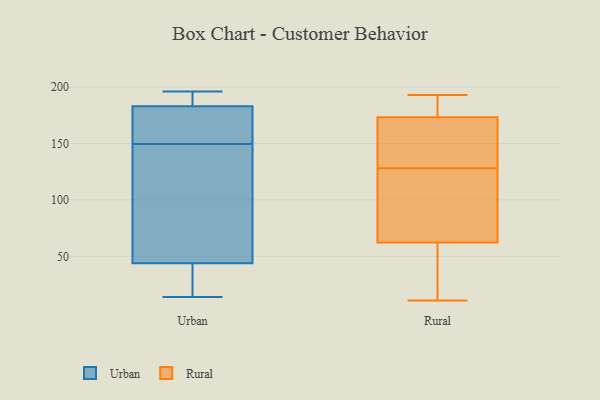
{"axis": {"x": "Inventory Turnover", "y": "Value"}, "legend": ["Rural", "Urban"], "data": [{"x": "", "y": 183, "type": "Urban"}, {"x": "", "y": 77, "type": "Urban"}, {"x": "", "y": 34, "type": "Urban"}, {"x": "", "y": 44, "type": "Urban"}, {"x": "", "y": 154, "type": "Urban"}, {"x": "", "y": 196, "type": "Urban"}, {"x": "", "y": 195, "type": "Urban"}, {"x": "", "y": 145, "type": "Urban"}, {"x": "", "y": 159, "type": "Urban"}, {"x": "", "y": 14, "type": "Urban"}, {"x": "", "y": 174, "type": "Rural"}, {"x": "", "y": 193, "type": "Rural"}, {"x": "", "y": 173, "type": "Rural"}, {"x": "", "y": 188, "type": "Rural"}, {"x": "", "y": 11, "type": "Rural"}, {"x": "", "y": 22, "type": "Rural"}, {"x": "", "y": 67, "type": "Rural"}, {"x": "", "y": 157, "type": "Rural"}, {"x": "", "y": 67, "type": "Rural"}, {"x": "", "y": 161, "type": "Rural"}, {"x": "", "y": 128, "type": "Rural"}, {"x": "", "y": 48, "type": "Rural"}, {"x": "", "y": 115, "type": "Rural"}]}